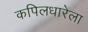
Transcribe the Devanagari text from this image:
कपिलधारेला